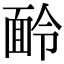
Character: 𩈖